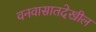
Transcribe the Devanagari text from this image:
वनवासातदेखील